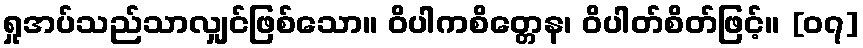
ရှုအပ်သည်သာလျှင်ဖြစ်သော။ ဝိပါကစိတ္တေန၊ ဝိပါတ်စိတ်ဖြင့်။ [၀၇]